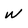
Character: W